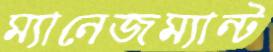
ম্যানেজম্যান্ট